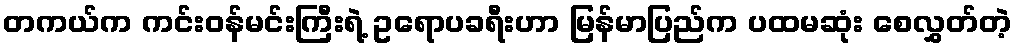
တကယ်က ကင်းဝန်မင်းကြီးရဲ့ ဥရောပခရီးဟာ မြန်မာပြည်က ပထမဆုံး စေလွှတ်တဲ့